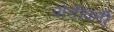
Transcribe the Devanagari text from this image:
पोत्तीपती